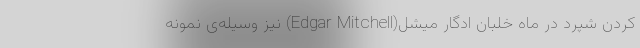
کردن شپرد در ماه خلبان ادگار میشل(Edgar Mitchell) نیز وسیله‌ی نمونه